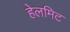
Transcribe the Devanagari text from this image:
हेलमिट